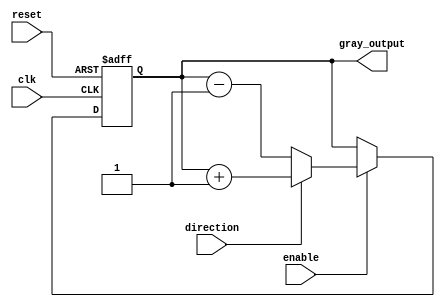
module gray_counter (
    input wire clk,
    input wire reset,
    input wire enable,
    input wire direction,
    output reg [3:0] gray_output
);

reg [3:0] gray_counter_reg;

always @(posedge clk or posedge reset) begin
    if (reset) begin
        gray_counter_reg <= 4'b0000;
    end else if (enable) begin
        if (direction) begin
            gray_counter_reg <= gray_counter_reg + 1;
        end else begin
            gray_counter_reg <= gray_counter_reg - 1;
        end
    end
end

assign gray_output = gray_counter_reg;

endmodule